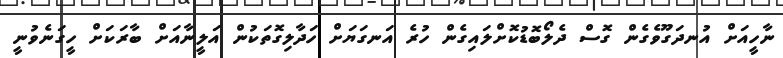
ނާހީއަށް އުނދަގޫވެގެން ގޮސް ދެލޯބޮޑުކޮށްލައިގެން ހުރެ އަނގަޔަށް ހަދާލިގޮތަކުން އަލީނާއަށް ބާރަކަށް ހީގަނެވުނީ